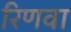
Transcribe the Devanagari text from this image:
रिणवा